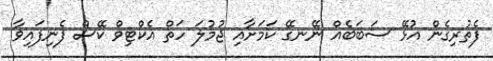
ފެތުރިގެން އުޅޭ ސަބަބެއް ނޭނގޭ ކަމަށާއި ޖުމުލަ ހަތް އެކްޓިވް ކޭސް ފެނިފައިވާ